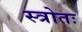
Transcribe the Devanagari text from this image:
स्त्रोतः